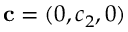
{ \bf { c } } = ( 0 , c _ { 2 } , 0 )